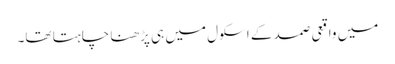
میں واقعی صمد کے اسکول میں ہی پڑھنا چاہتا تھا۔